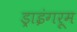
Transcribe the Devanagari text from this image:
ड्राइंगरूम